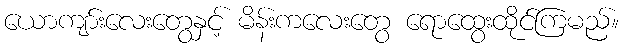
ယောကျာ်းလေးတွေနှင့် မိန်းကလေးတွေ ရောထွေးထိုင်ကြမည်။